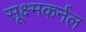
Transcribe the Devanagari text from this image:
सूक्ष्मकर्नल